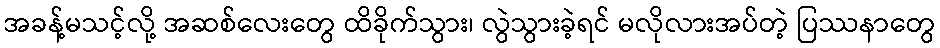
အခန့်မသင့်လို့ အဆစ်လေးတွေ ထိခိုက်သွား၊ လွဲသွားခဲ့ရင် မလိုလားအပ်တဲ့ ပြဿနာတွေ